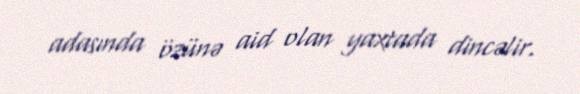
adasında özünə aid olan yaxtada dincəlir.